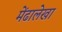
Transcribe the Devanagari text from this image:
मेंढालेखा